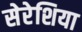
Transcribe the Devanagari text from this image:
सेरेशिया